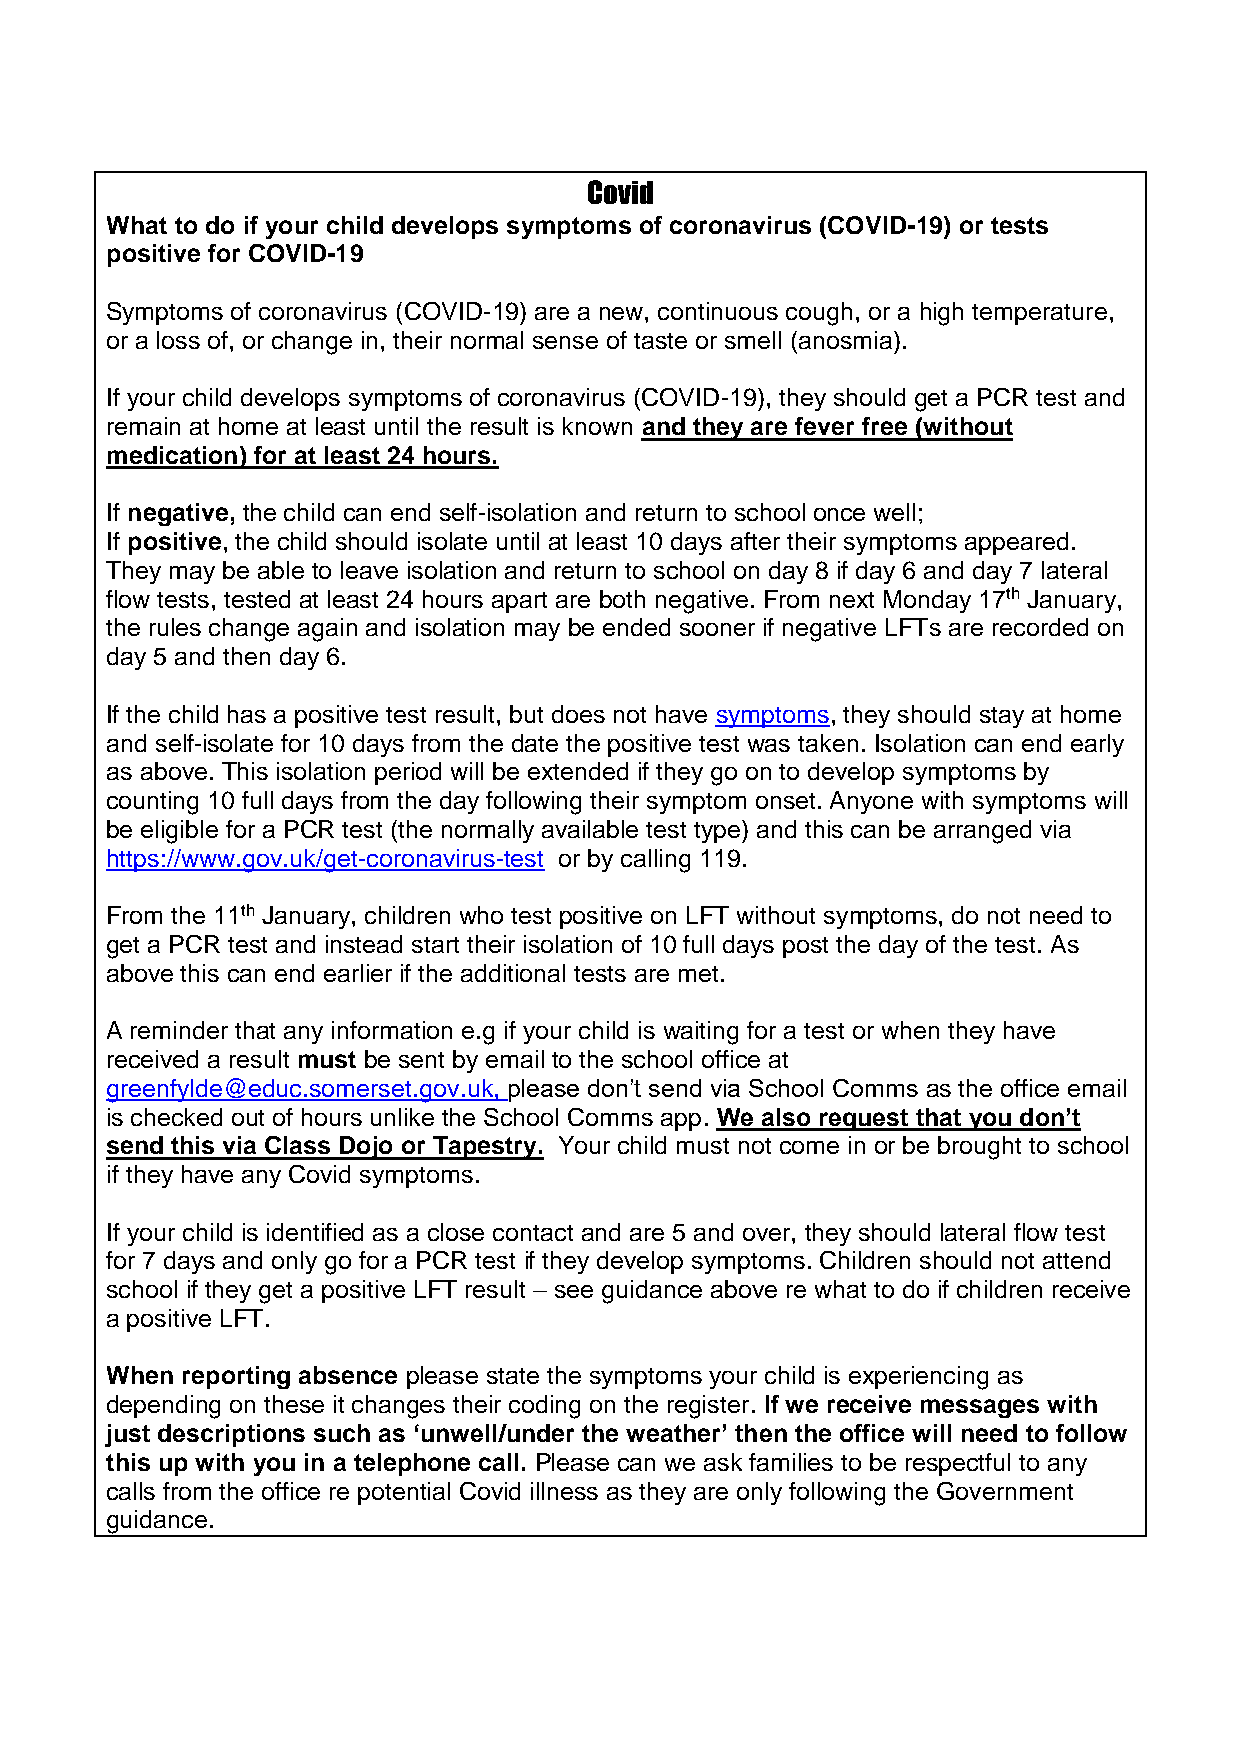
Covid
 What to do if your child develops symptoms of coronavirus (COVID-19) or tests
 positive for COVID-19
 Symptoms of coronavirus (COVID-19) are a new, continuous cough, or a high temperature,
 or a loss of, or change in, their normal sense of taste or smell (anosmia).
 If your child develops symptoms of coronavirus (COVID-19), they should get a PCR test and
 remain at home at least until the result is known and they are fever free (without
 medication) for at least 24 hours.
 If negative, the child can end self-isolation and return to school once well;
 If positive, the child should isolate until at least 10 days after their symptoms appeared.
 They may be able to leave isolation and return to school on day 8 if day 6 and day 7 lateral
 flow tests, tested at least 24 hours apart are both negative. From next Monday 17th January,
 the rules change again and isolation may be ended sooner if negative LFTs are recorded on
 day 5 and then day 6.
 If the child has a positive test result, but does not have symptoms, they should stay at home
 and self-isolate for 10 days from the date the positive test was taken. Isolation can end early
 as above. This isolation period will be extended if they go on to develop symptoms by
 counting 10 full days from the day following their symptom onset. Anyone with symptoms will
 be eligible for a PCR test (the normally available test type) and this can be arranged via
 https://www.gov.uk/get-coronavirus-test or by calling 119.
 From the 11th January, children who test positive on LFT without symptoms, do not need to
 get a PCR test and instead start their isolation of 10 full days post the day of the test. As
 above this can end earlier if the additional tests are met.
 A reminder that any information e.g if your child is waiting for a test or when they have
 received a result must be sent by email to the school office at
 greenfylde@educ.somerset.gov.uk, please don’t send via School Comms as the office email
 is checked out of hours unlike the School Comms app. We also request that you don’t
 send this via Class Dojo or Tapestry. Your child must not come in or be brought to school
 if they have any Covid symptoms.
 If your child is identified as a close contact and are 5 and over, they should lateral flow test
 for 7 days and only go for a PCR test if they develop symptoms. Children should not attend
 school if they get a positive LFT result – see guidance above re what to do if children receive
 a positive LFT.
 When reporting absence please state the symptoms your child is experiencing as
 depending on these it changes their coding on the register. If we receive messages with
 just descriptions such as ‘unwell/under the weather’ then the office will need to follow
 this up with you in a telephone call. Please can we ask families to be respectful to any
 calls from the office re potential Covid illness as they are only following the Government
 guidance.